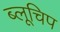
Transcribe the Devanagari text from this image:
ब्लूचिप